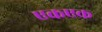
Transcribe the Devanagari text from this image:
एकएक